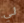
لي